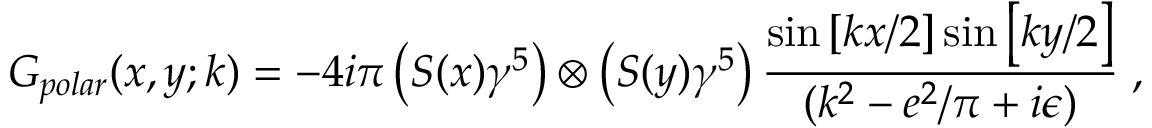
G _ { p o l a r } ( x , y ; k ) = - 4 i \pi \left( S ( x ) \gamma ^ { 5 } \right) \otimes \left( S ( y ) \gamma ^ { 5 } \right) \frac { \sin \left[ k x / 2 \right] \sin \left[ k y / 2 \right] } { ( k ^ { 2 } - e ^ { 2 } / \pi + i \epsilon ) } \; ,